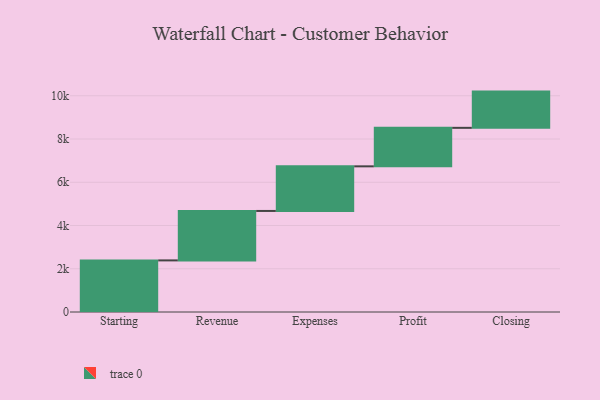
{"axis": {"x": "Step", "y": "Value"}, "legend": [""], "data": [{"x": "Starting", "y": 2386.0, "type": ""}, {"x": "Revenue", "y": 2287.0, "type": ""}, {"x": "Expenses", "y": 2063.0, "type": ""}, {"x": "Profit", "y": 1780.0, "type": ""}, {"x": "Closing", "y": 1676.0, "type": ""}]}